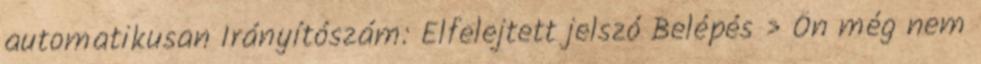
automatikusan Irányítószám: Elfelejtett jelszó Belépés › Ön még nem